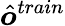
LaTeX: \hat{\boldsymbol{o}}^{train}